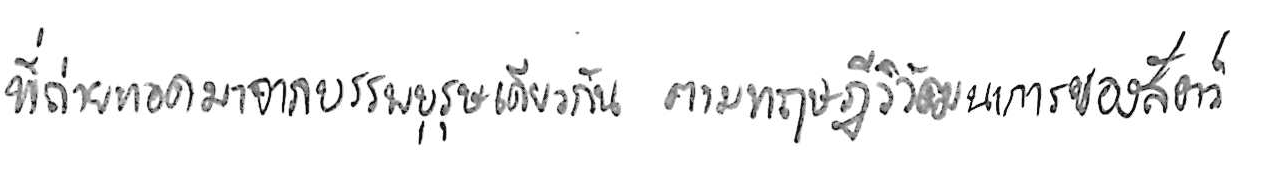
ที่ถ่ายทอดมาจากบรรพบุรุษเดียวกัน ตามทฤษฎีวิวัฒนาการของสัตว์